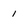
Character: 1